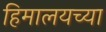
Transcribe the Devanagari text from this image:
हिमालयच्या